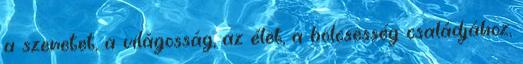
a szeretet, a világosság, az élet, a bölcsesség családjához,